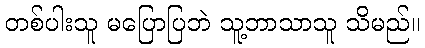
တစ်ပါးသူ မပြောပြဘဲ သူ့ဘာသာသူ သိမည်။